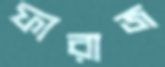
ফারাজ